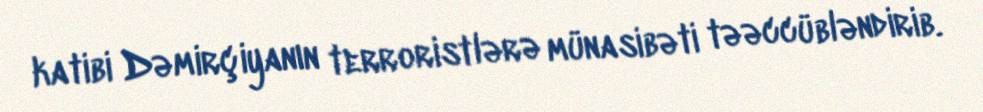
katibi Dəmirçiyanın terroristlərə münasibəti təəccübləndirib.